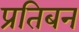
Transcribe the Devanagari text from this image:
प्रतिबन